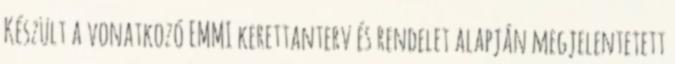
Készült a vonatkozó EMMI kerettanterv és rendelet alapján megjelentetett